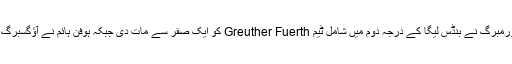
منگل کو کھیلے گئے دیگر دو میچوں میں نیورمبرگ نے بنڈس لیگا کے درجہ دوم میں شامل ٹیم Greuther Fuerth کو ایک صفر سے مات دی جبکہ ہوفن ہائم نے آؤگسبرگ کو ایک کے مقابلے میں دو گول سے ہرا دیا۔